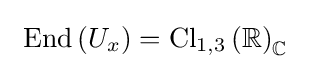
\ \operatorname {End} \left(U_{x}\right)=\mathrm {Cl} _{1,3}\left(\mathbb {R} \right)_{\mathbb {C} }\